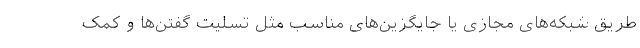
طریق شبکه‌های مجازی یا جایگزین‌های مناسب مثل تسلیت گفتن‌ها و کمک